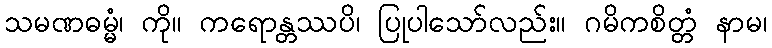
သမဏဓမ္မံ၊ ကို။ ကရောန္တဿပိ၊ ပြုပါသော်လည်း။ ဂမိကစိတ္တံ နာမ၊